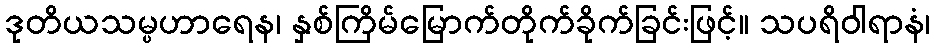
ဒုတိယသမ္ပဟာရေန၊ နှစ်ကြိမ်မြောက်တိုက်ခိုက်ခြင်းဖြင့်။ သပရိဝါရာနံ၊